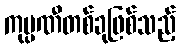
ကုမ္ပဏီတစ်ခုဖြစ်သည့်